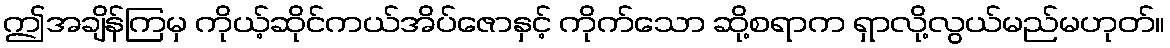
ဤအချိန်ကြမှ ကိုယ့်ဆိုင်ကယ်အိပ်ဇောနှင့် ကိုက်သော ဆို့စရာက ရှာလို့လွယ်မည်မဟုတ်။